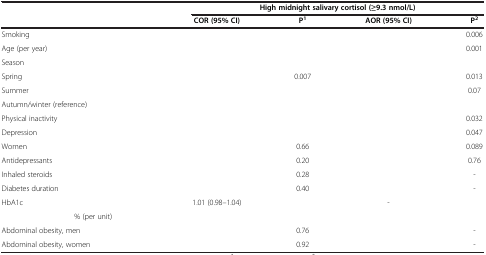
<table><thead><tr><td colspan="2">[EMPTY_CELL]</td><td colspan="4"><b>High midnight salivary cortisol (≥9.3 nmol/L)</b></td></tr><tr><td colspan="2">[EMPTY_CELL]</td><td><b>COR (95% CI)</b></td><td><b>P<sup>1</sup></b></td><td><b>AOR (95% CI)</b></td><td><b>P<sup>2</sup></b></td></tr></thead><tbody><tr><td colspan="2">Smoking</td><td>[EMPTY_CELL]</td><td>[EMPTY_CELL]</td><td>[EMPTY_CELL]</td><td>0.006</td></tr><tr><td colspan="2">Age (per year)</td><td>[EMPTY_CELL]</td><td>[EMPTY_CELL]</td><td>[EMPTY_CELL]</td><td>0.001</td></tr><tr><td colspan="2">Season</td><td>[EMPTY_CELL]</td><td>[EMPTY_CELL]</td><td>[EMPTY_CELL]</td><td>[EMPTY_CELL]</td></tr><tr><td colspan="2">Spring</td><td>[EMPTY_CELL]</td><td>0.007</td><td>[EMPTY_CELL]</td><td>0.013</td></tr><tr><td colspan="2">Summer</td><td>[EMPTY_CELL]</td><td>[EMPTY_CELL]</td><td>[EMPTY_CELL]</td><td>0.07</td></tr><tr><td colspan="2">Autumn/winter (reference)</td><td>[EMPTY_CELL]</td><td>[EMPTY_CELL]</td><td>[EMPTY_CELL]</td><td>[EMPTY_CELL]</td></tr><tr><td colspan="2">Physical inactivity</td><td>[EMPTY_CELL]</td><td>[EMPTY_CELL]</td><td>[EMPTY_CELL]</td><td>0.032</td></tr><tr><td colspan="2">Depression</td><td>[EMPTY_CELL]</td><td>[EMPTY_CELL]</td><td>[EMPTY_CELL]</td><td>0.047</td></tr><tr><td colspan="2">Women</td><td>[EMPTY_CELL]</td><td>0.66</td><td>[EMPTY_CELL]</td><td>0.089</td></tr><tr><td colspan="2">Antidepressants</td><td>[EMPTY_CELL]</td><td>0.20</td><td>[EMPTY_CELL]</td><td>0.76</td></tr><tr><td colspan="2">Inhaled steroids</td><td>[EMPTY_CELL]</td><td>0.28</td><td>[EMPTY_CELL]</td><td>-</td></tr><tr><td colspan="2">Diabetes duration</td><td>[EMPTY_CELL]</td><td>0.40</td><td>[EMPTY_CELL]</td><td>-</td></tr><tr><td rowspan="2">HbA1c</td><td>[EMPTY_CELL]</td><td>1.01 (0.98–1.04)</td><td rowspan="2">[EMPTY_CELL]</td><td rowspan="2">-</td><td rowspan="2">[EMPTY_CELL]</td></tr><tr><td>% (per unit)</td><td>[EMPTY_CELL]</td></tr><tr><td colspan="2">Abdominal obesity, men</td><td>[EMPTY_CELL]</td><td>0.76</td><td>[EMPTY_CELL]</td><td>-</td></tr><tr><td colspan="2">Abdominal obesity, women</td><td>[EMPTY_CELL]</td><td>0.92</td><td>[EMPTY_CELL]</td><td>-</td></tr></tbody></table>